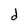
Character: d